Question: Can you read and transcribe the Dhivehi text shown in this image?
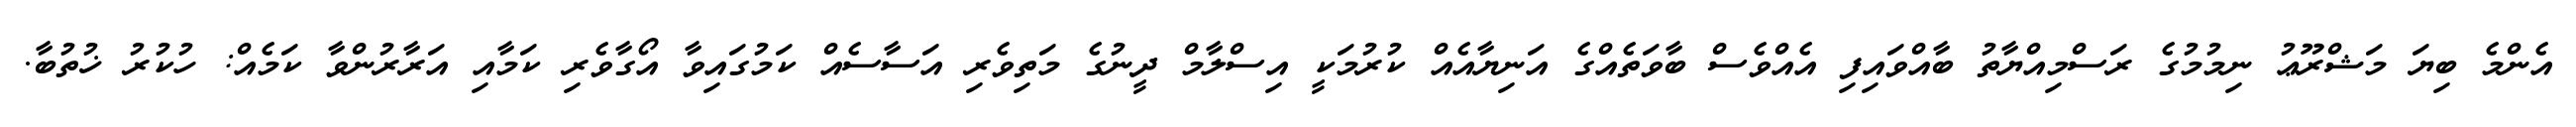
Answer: އެންމެ ބިޔަ މަޝްރޫޢު ނިމުމުގެ ރަސްމިއްޔާތު ބާއްވައިފި އެއްވެސް ބާވަތެއްގެ އަނިޔާއެއް ކުރުމަކީ އިސްލާމް ދީނުގެ މަތިވެރި އަސާސެއް ކަމުގައިވާ އޯގާވެރި ކަމާއި އަރާރުންވާ ކަމެއް: ހުކުރު ޚުތުބާ.